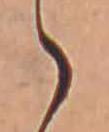
ゝ